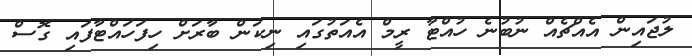
ލުޖައިން އެއްޗެއް ނުބުނެ ހުއްޓާ ރީމް އެއަތުގައި ނިކަން ބާރަށް ހިފަހައްޓާފައި ގޮސް